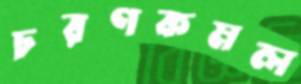
চরণকমল